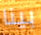
بينا